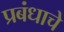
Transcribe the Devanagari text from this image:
प्रबंधाचे